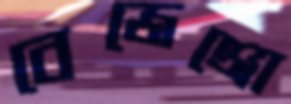
বেজেঞ্জো